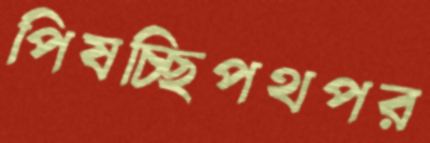
পিষচ্ছিপথপর